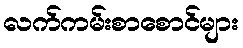
လက်ကမ်းစာစောင်များ